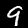
Label: 9